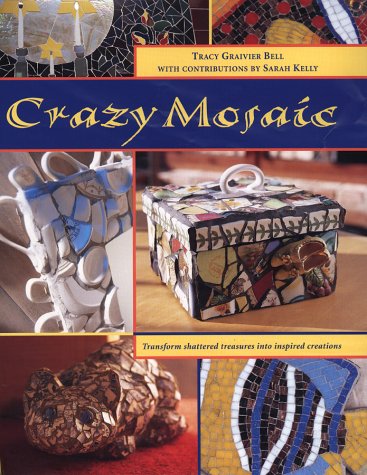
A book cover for Crazy Mosaic; Tracy Graivier Bell; Arts & Photography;